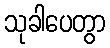
သုခါပေတွာ